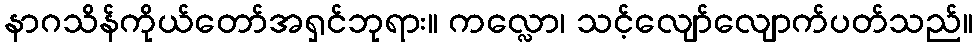
နာဂသိန်ကိုယ်တော်အရှင်ဘုရား။ ကလ္လော၊ သင့်လျော်လျောက်ပတ်သည်။